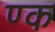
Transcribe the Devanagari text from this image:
ण्क